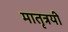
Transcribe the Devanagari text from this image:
मातृत्रयी